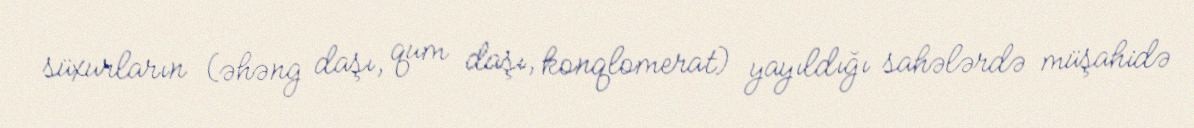
süxurların (əhəng daşı, qum daşı, konqlomerat) yayıldığı sahələrdə müşahidə